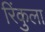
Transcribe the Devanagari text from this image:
रिंकुला